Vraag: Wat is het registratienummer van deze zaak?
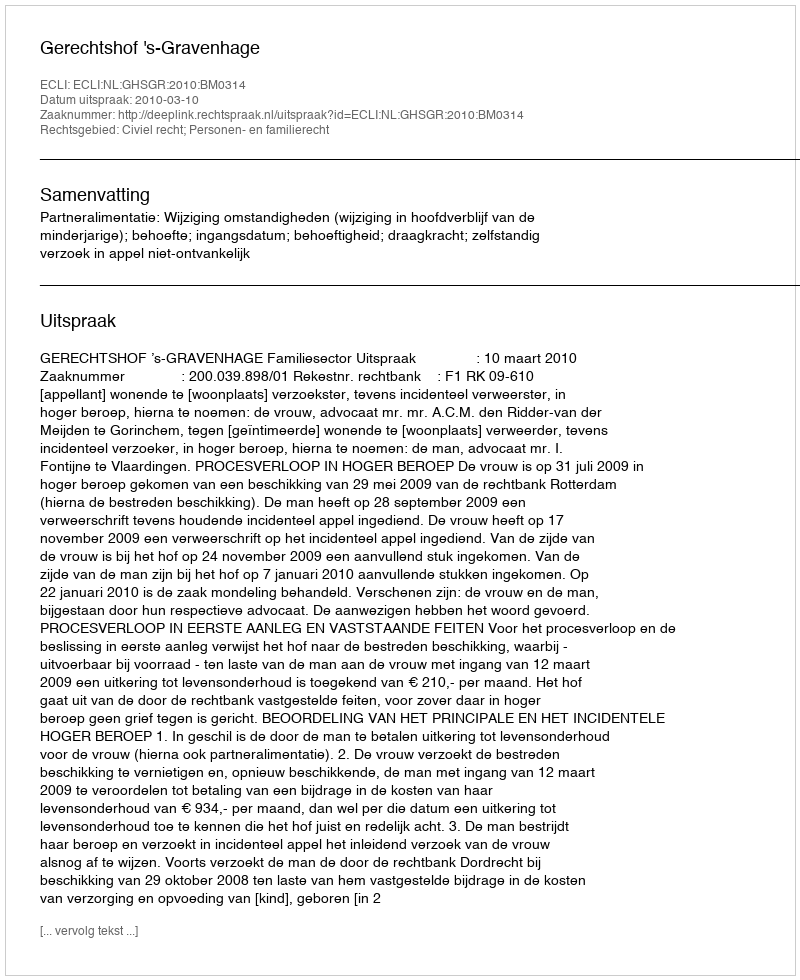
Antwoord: http://deeplink.rechtspraak.nl/uitspraak?id=ECLI:NL:GHSGR:2010:BM0314